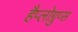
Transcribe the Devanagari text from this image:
हैप्लोग्रुप्स